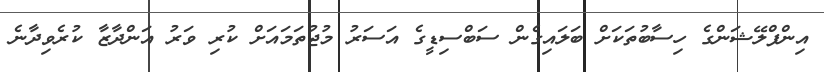
އިންފްލޭޝަންގެ ހިސާބުތަކަށް ބަލައިގެން ސަބްސިޑީގެ އަސަރު މުޖުތަމައަށް ކުރި ވަރު އަންދާޒާ ކުރެވިދާނެ